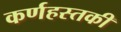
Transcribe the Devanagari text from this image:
कर्णहस्तकी